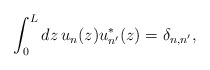
\begin{align*}\int_{0}^{L} dz\, u_{n}(z)u_{n'}^{*}(z)= \delta_{n,n'},\end{align*}